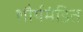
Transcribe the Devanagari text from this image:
शौर्यमंडित